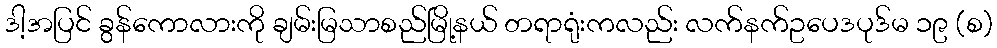
ဒါ့အပြင် ခွန်ကောလားကို ချမ်းမြသာစည်မြို့နယ် တရာရုံးကလည်း လက်နက်ဥပေဒပုဒ်မ ၁၉ (စ)